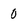
Character: 0